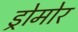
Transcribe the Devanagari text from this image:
ड्रोमोर